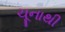
ચૂનાથી